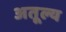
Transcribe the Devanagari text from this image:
अतूल्य